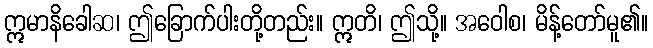
ဣမာနိခေါဆ၊ ဤခြောက်ပါးတို့တည်း။ ဣတိ၊ ဤသို့။ အဝေါစ၊ မိန့်တော်မူ၏။